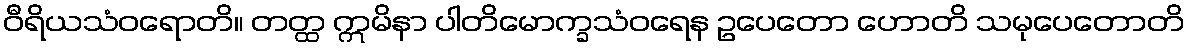
ဝီရိယသံဝရောတိ။ တတ္ထ ဣမိနာ ပါတိမောက္ခသံဝရေန ဥပေတော ဟောတိ သမုပေတောတိ